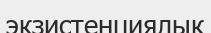
экзистенциялық